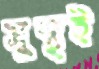
সুস্থই